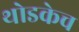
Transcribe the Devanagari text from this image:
थोडकेच